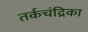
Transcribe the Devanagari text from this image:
तर्कचंद्रिका